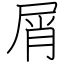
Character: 屑